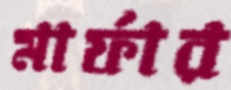
মার্ফার